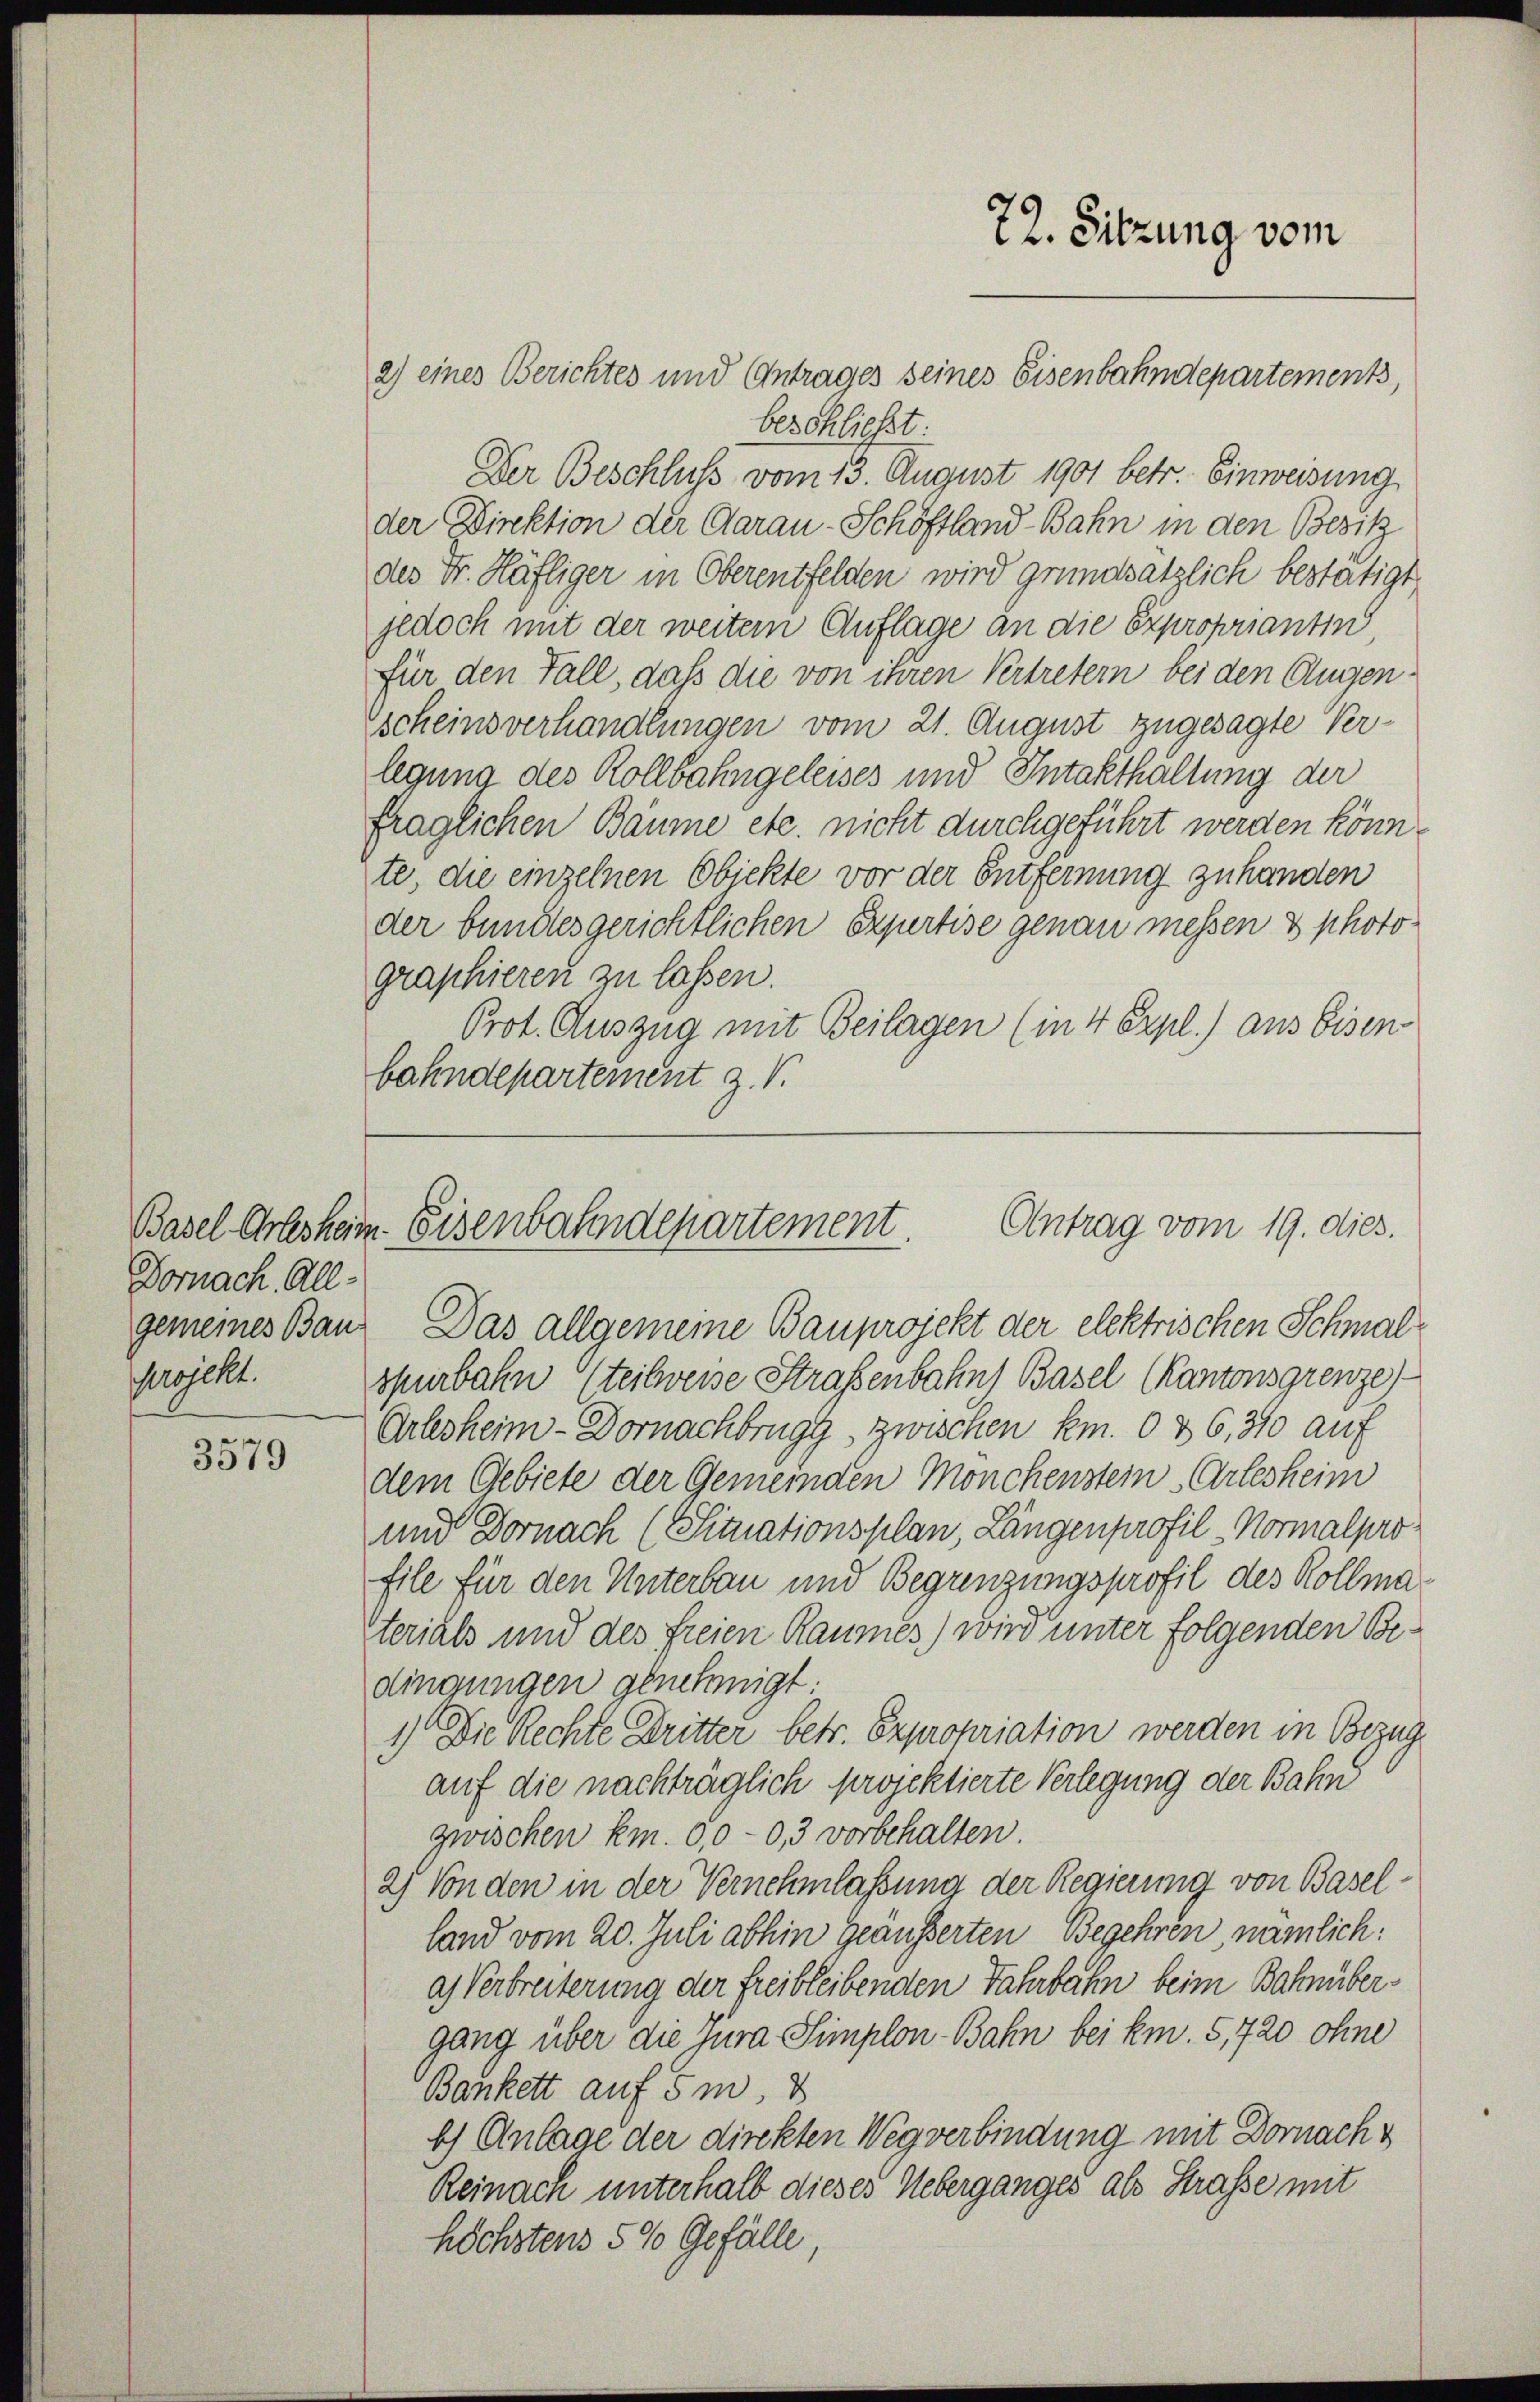
Dornach. Allprojekt.

3579

2) eines Berichtes und Antrages seines Eisenbahndepartements,
beschließt.
Der Beschluss vom 13. August 1901 betr. Einweisung
der Direktion der Garan-Schöftland-Bahn in den Besitz
des Dr. Häfliger in Oberentfelden wird grundsätzlich bestätigt
jedoch mit der weitern Auflage an die Exproprianti
für den Fall, daß die von ihren Vertretern bei den Augen¬
Escheinsverhandlungen vom 21. August zugesagte Verlegung des Kollbahngeleises und Intakthaltung der
fraglichen Bäume etc. nicht durchgeführt werden könn
te, die einzelnen Objekte vor der Entfernung zu handen
der bundesgerichtlichen Expertise genau messen & photographieren zu lassen.
Prot. Auszug mit Beilagen (in 4 Expl.) aus Eisen
bahndepartement z. B.

fill für den Unterbau und Begrenzungsprofil des Kollmasterials und des freien Raumes) wird unter folgenden Bedingungen genehmigt.
1.) Die Rechte Dritter betr. Expropriation werden in Bezug
auf die nachträglich projektierte Verlegung der Bahn
zwischen km. 0,0-0,3 vorbehalten.
2) Von den in der Vernehmlassung der Regierung von Baselland vom 20. Juli abhin geäusserten Begehren, nämlich:
as Verbreiterung der freibleibenden Fahrbahn beim Bahnübergang über die Jura Simplon-Bahn bei km. 5,720 ohne
Bankett auf 5m,
b) Anlage der direkten Weg verbindung mit Dornach¬
Reinach unterhalb dieses Ueberganges als Straße mit
höchstens 5 % Gefälle,

gemeines Bau- Das allgemeine Bauprojekt der elektrischen Schmalspürbahn steilweise Straßenbahn Basel (Kantonsgrenze)
Arlesheim-Dornachbrugg, zwischen km. 036, 310 auf
dem Gebiete der Gemeinden Mönchenstein Arlesheim
und Dornach (Situationsplan, Längenprofil -Normalpro¬

72. Sitzung vom

Basel Arlesheim Eisenbahndepartement. Antrag vom 19. dies